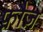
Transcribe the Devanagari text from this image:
फ़ौज़